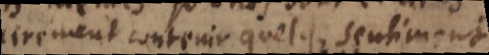
necessairement contenir quelque sentiment